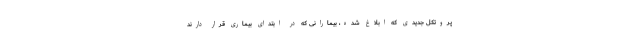
پروتکل جدیدی که ابلاغ شده، بیمارانی که در ابتدای بیماری قرار دارند